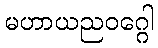
မဟာယညဝဂ္ဂေါ